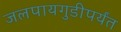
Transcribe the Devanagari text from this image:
जलपायगुडीपर्यंत